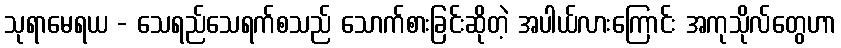
သုရာမေရယ - သေရည်သေရက်စသည် သောက်စားခြင်းဆိုတဲ့ အပါယ်လားကြောင်း အကုသိုလ်တွေဟာ